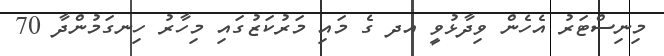
މިނިސްޓަރު އެހެން ވިދާޅުވީ އދ ގެ މައި މަރުކަޒުގައި މިހާރު ހިނގަމުންދާ 70